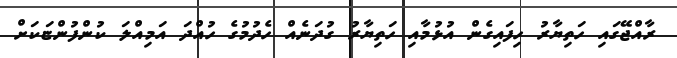
ރާއްޖޭގައި ހަތިޔާރު ހިފައިގެން އުޅުމާއި ހަތިޔާރު ގުދަނެއް ހެދުމުގެ ހުއްދަ އަމިއްލަ ކުންފުންޏަކަށް